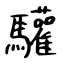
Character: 驩